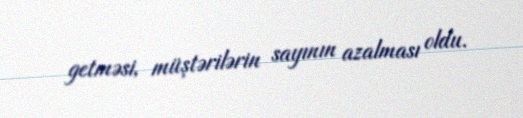
getməsi, müştərilərin sayının azalması oldu.